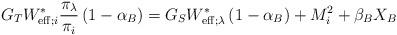
LaTeX: \begin{align*}G_TW_{{\rm eff};i}^\ast\frac{\pi_\lambda}{\pi_i} \left( 1-\alpha_B \right) = G_SW_{{\rm eff};\lambda}^\ast \left( 1-\alpha_B \right) + M_i^2 +\beta_B X_B\end{align*}